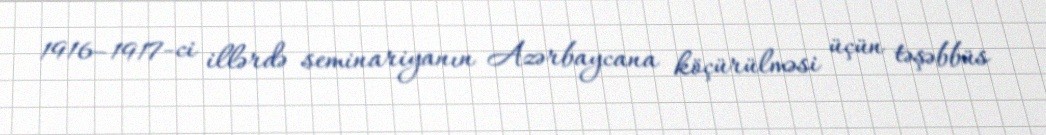
1916–1917-ci illərdə seminariyanın Azərbaycana köçürülməsi üçün təşəbbüs